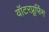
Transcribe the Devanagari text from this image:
वॉटरप्रूफिंग